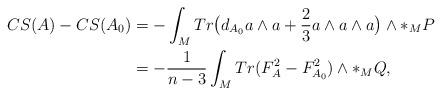
LaTeX: \begin{align*}CS(A)-CS(A_{0})&=-\int_{M}Tr\big{(}d_{A_{0}}a\wedge{a}+\frac{2}{3}a\wedge a\wedge a\big{)}\wedge\ast_{M}P\\&=-\frac{1}{n-3}\int_{M}Tr(F^{2}_{A}-F^{2}_{A_{0}})\wedge\ast_{M}Q,\\\end{align*}